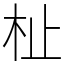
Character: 杫